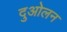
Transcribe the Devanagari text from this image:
दुओलन